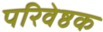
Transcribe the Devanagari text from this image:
परिवेष्ठक